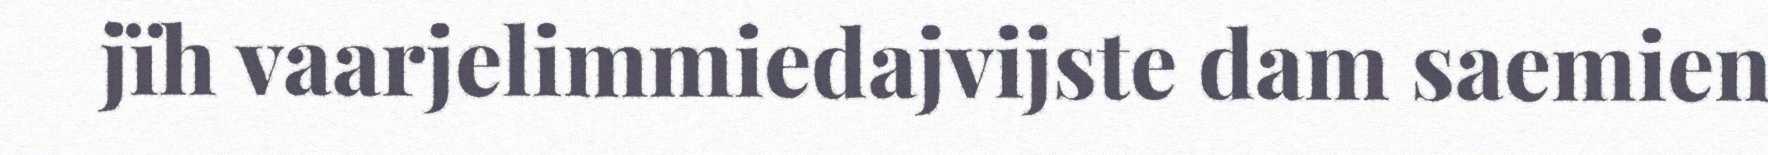
jïh vaarjelimmiedajvijste dam saemien